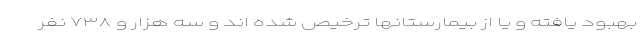
بهبود یافته و یا از بیمارستانها ترخیص شده اند و سه هزار و ۷۳۸ نفر